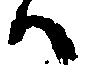
ハ